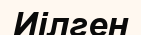
Иілген